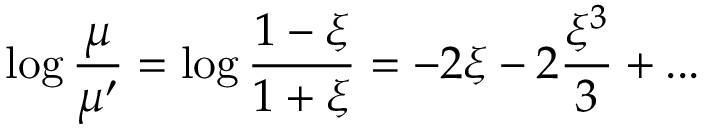
\log { \frac { \mu } { \mu ^ { \prime } } } = \log { \frac { 1 - \xi } { 1 + \xi } } = - 2 \xi - 2 { \frac { \xi ^ { 3 } } { 3 } } + . . .